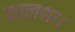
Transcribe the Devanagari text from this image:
कालथा।